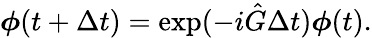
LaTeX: \boldsymbol{\phi}(t+\Delta t)=\exp(-i\hat{G}\Delta t)\boldsymbol{\phi}(t).